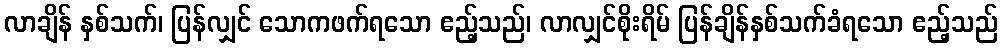
လာချိန် နှစ်သက်၊ ပြန်လျှင် သောကဖက်ရသော ဧည့်သည်၊ လာလျှင်စိုးရိမ် ပြန်ချိန်နှစ်သက်ခံရသော ဧည့်သည်